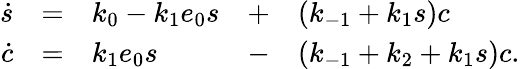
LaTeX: \begin{array}{rclclcl}{\dot{s}}&{=}&{k_{0}-k_{1}e_{0}s}&{+}&{(k_{-1}+k_{1}s)c}\\ {\dot{c}}&{=}&{k_{1}e_{0}s}&{-}&{(k_{-1}+k_{2}+k_{1}s)c.}\end{array}